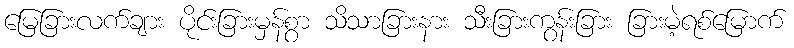
မြေခြားလက်ချား ပိုင်းခြားမှန်စွာ သိသာခြားနား သီးခြားကွန်းခြား ခြားမဲ့ရစ်မြောက်